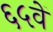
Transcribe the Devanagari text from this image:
६५वें